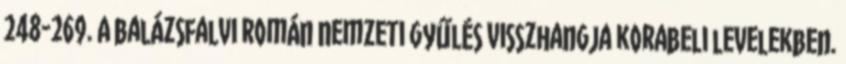
248-269. A balázsfalvi román nemzeti gyűlés visszhangja korabeli levelekben.